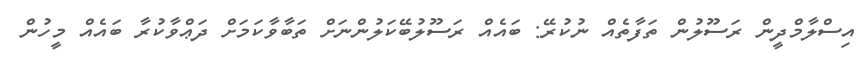
އިސްލާމްދީން ރަސޫލުން ތަފާތެއް ނުކުރޭ: ބައެއް ރަސޫލުބޭކަލުންނަށް ތަބާވާކަމަށް ދަޢްވާކުރާ ބައެއް މީހުން